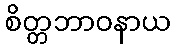
စိတ္တဘာဝနာယ